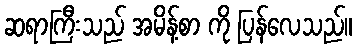
ဆရာကြီးသည် အမိန့်စာ ကို ပြန်လေသည်။